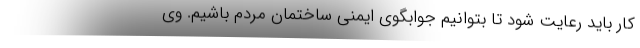
کار باید رعایت شود تا بتوانیم جوابگوی ایمنی ساختمان مردم باشیم. وی